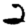
Digit: 2